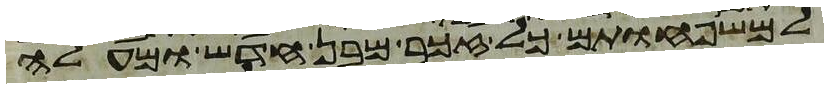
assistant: למשפחותם כל זכר מבן חדש ומעלה